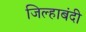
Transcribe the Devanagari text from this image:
जिल्हाबंदी